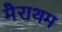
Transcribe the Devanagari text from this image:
मैराथम